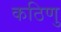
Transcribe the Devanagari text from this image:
कठिणु